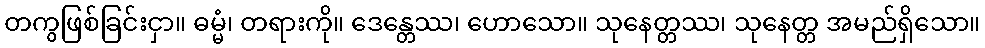
တကွဖြစ်ခြင်းငှာ။ ဓမ္မံ၊ တရားကို။ ဒေန္တေဿ၊ ဟောသော။ သုနေတ္တဿ၊ သုနေတ္တ အမည်ရှိသော။